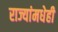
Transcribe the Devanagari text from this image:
राज्यांमधेही